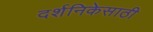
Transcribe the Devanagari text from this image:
दर्शनिकेसाठी